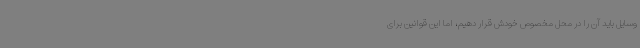
وسایل باید آن را در محل مخصوص خودش قرار دهیم، اما این قوانین برای